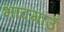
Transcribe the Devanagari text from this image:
भादगाउँ